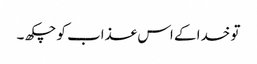
تو خدا کے اس عذاب کو چکھ ۔